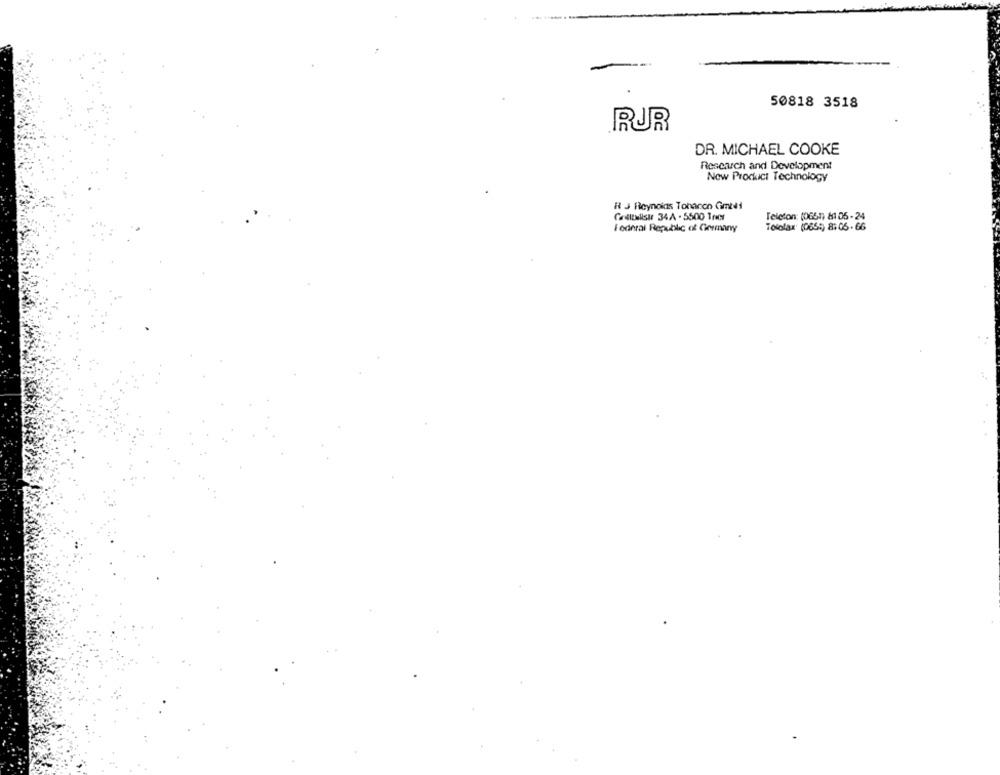
50818 3518
RUR
DR. MICHAEL COOKE
Research and Development
New Product Technology
R J Reynolds Tohanon Cimidi
CarltMllStr 34A . 5500 Tros
Telefon: (0651) 81 05 - 24
I oderal Republic of Germany
Tolofax (065:) 8:05- 66